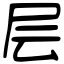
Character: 层